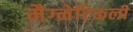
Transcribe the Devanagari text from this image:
मैग्नेटिकली